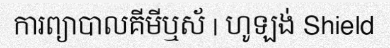
ការព្យាបាលគីមីឬស័ | ហូឡង់ Shield